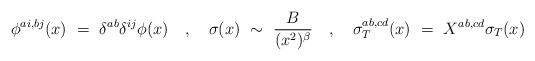
\begin{align*}\phi^{ai,bj}(x) ~=~ \delta^{ab} \delta^{ij}\phi(x) ~~~,~~~ \sigma(x) ~ \sim ~ \frac{B}{(x^2)^\beta} ~~~,~~~ \sigma^{ab,cd}_T(x) ~=~ X^{ab,cd} \sigma_T(x)\end{align*}